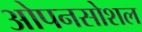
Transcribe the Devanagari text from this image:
ओपनसोशल